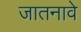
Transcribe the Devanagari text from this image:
जातनावे